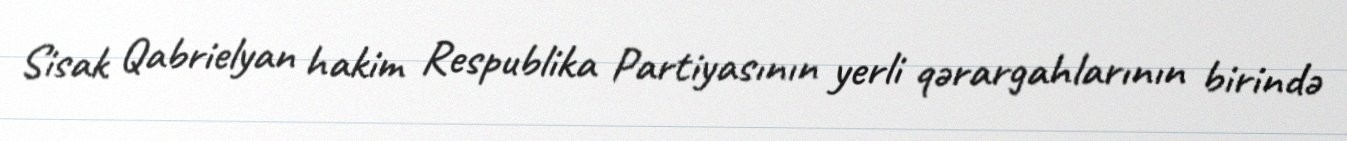
Sisak Qabrielyan hakim Respublika Partiyasının yerli qərargahlarının birində